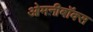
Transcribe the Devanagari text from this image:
ओमनीबॉक्स